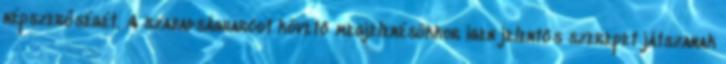
népszerűségét. A szabadságharcot követő megjelenésükkor igen jelentős szerepet játszanak